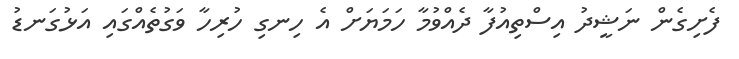
ފެށިގެން ނަޝީދު އިސްތިއުފާ ދެއްވުމާ ހަމަޔަށް އެ ހިނގި ހުރިހާ ވަގުތެއްގައި އަޅުގަނޑު